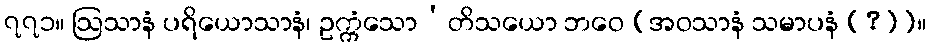
၇၇၁။ ဩသာနံ ပရိယောသာနံ၊ ဥက္ကံသော’တိသယော ဘဝေ [အဝသာနံ သမာပနံ (?)]။